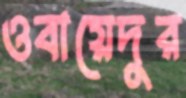
ওবায়েদুর